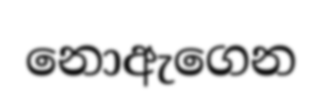
නොඇගෙන